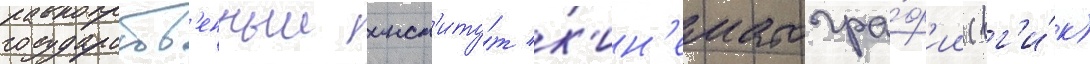
государств'енныи инст'иту́т к'ин'ематогра́ф'ии (вг'и́к)